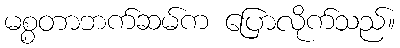
မစ္စတာဘက်ဆမ်က ပြောလိုက်သည်။